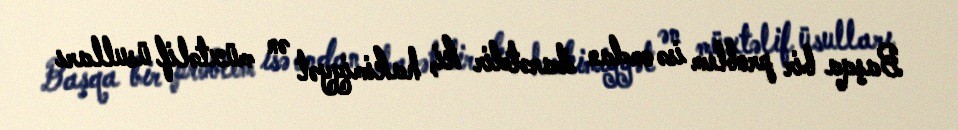
Başqa bir problem isə ondan ibarətdir ki, hakimiyyət ən müxtəlif üsulları